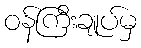
ဝန်ကြီးချုပ်မှ